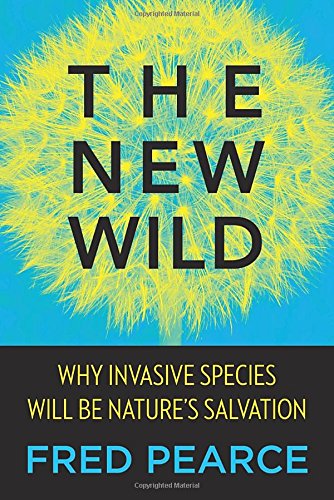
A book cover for The New Wild: Why Invasive Species Will Be Nature's Salvation; Fred Pearce; Science & Math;